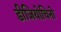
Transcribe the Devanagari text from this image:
डीजियोचिनो